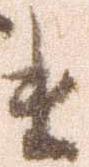
ま